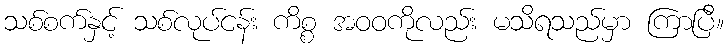
သစ်စက်နှင့် သစ်လုပ်ငန်း ကိစ္စ အဝဝကိုလည်း မသိရသည်မှာ ကြာပြီ။